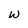
Character: w